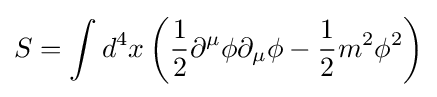
S=\int d^{4}x\left({\frac {1}{2}}\partial ^{\mu }\phi \partial _{\mu }\phi -{\frac {1}{2}}m^{2}\phi ^{2}\right)